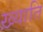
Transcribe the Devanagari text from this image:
ख़्याति